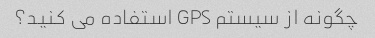
چگونه از سیستم GPS استفاده می کنید؟